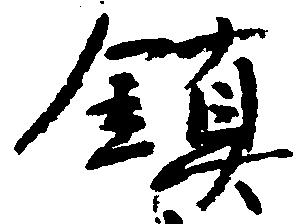
鎮